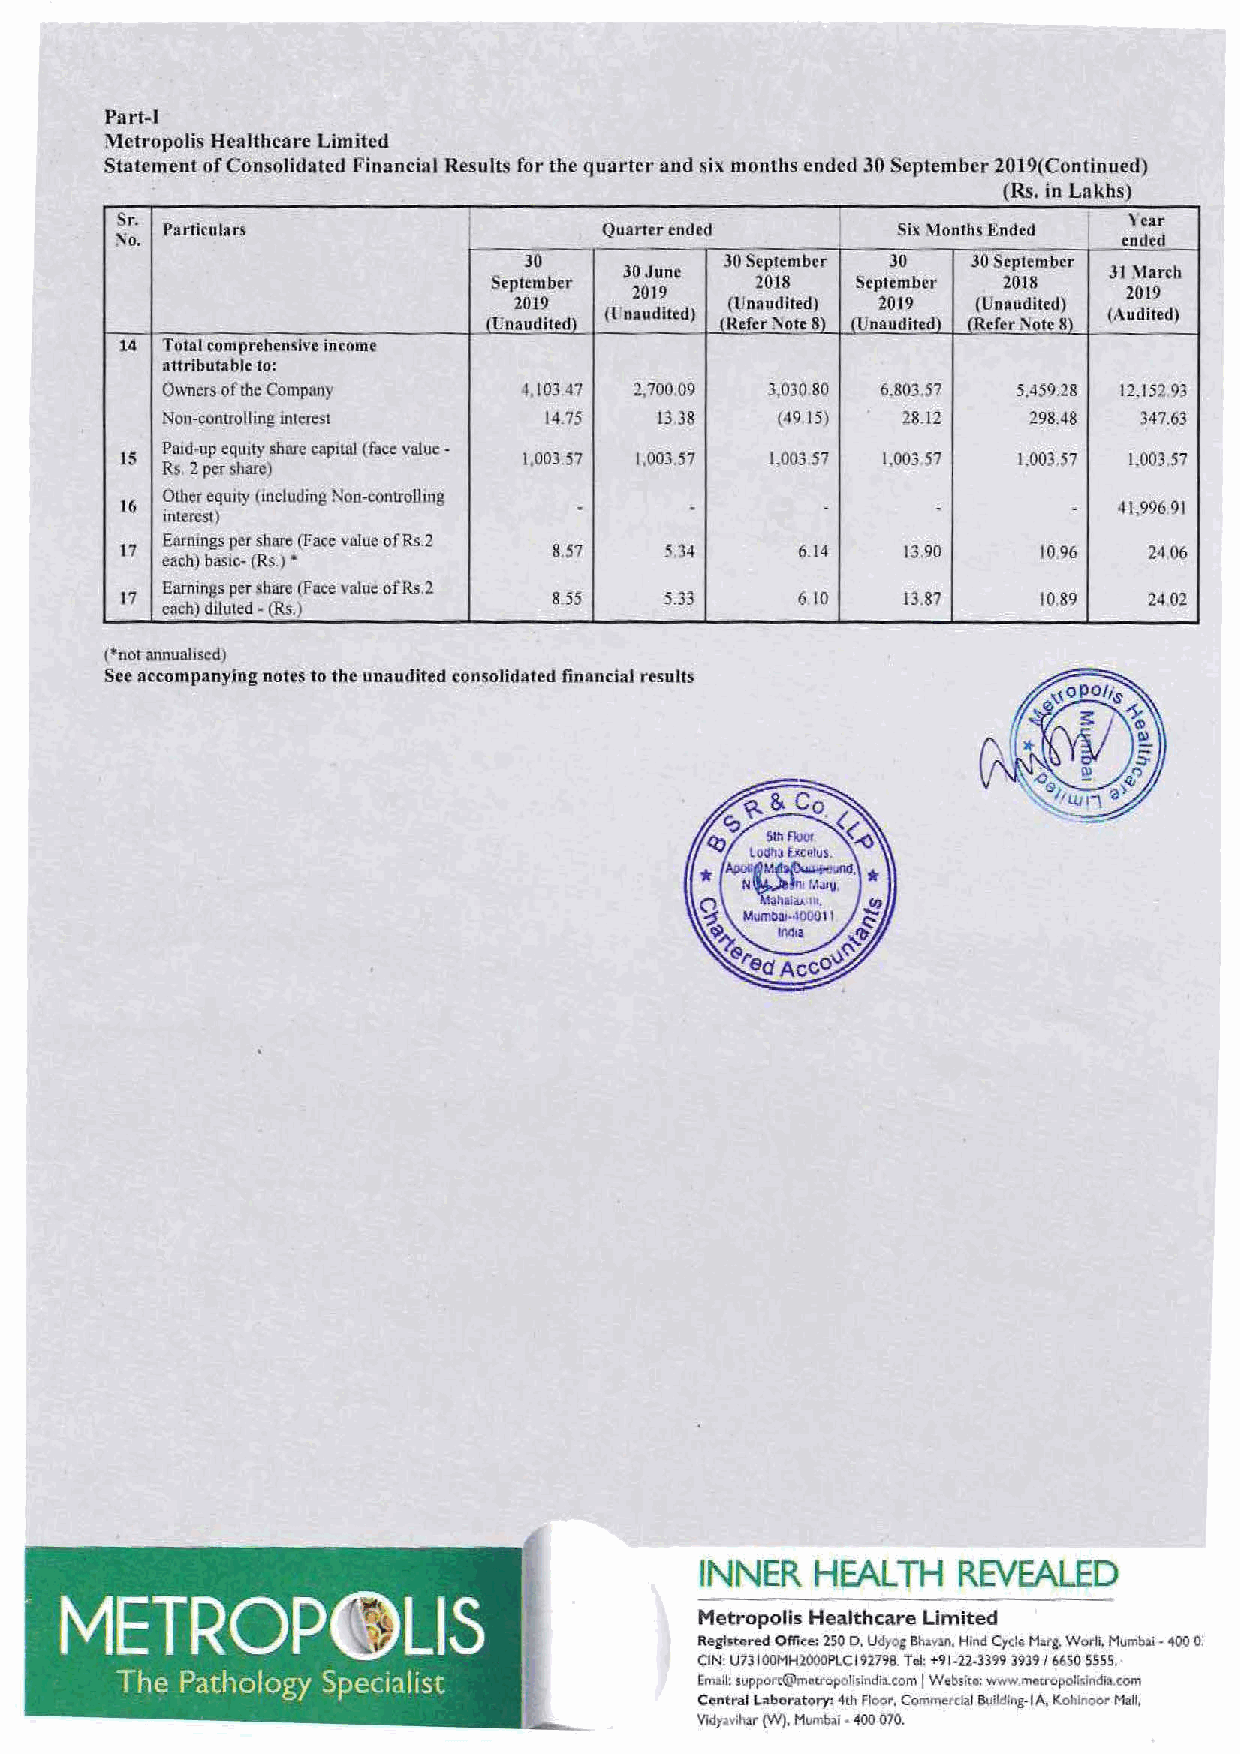
I
 Part~
 MctropoHs Hcalthcare Limited
 Statement of Consolidated Financial Results for the quarter and six months ended 30 September 20I9(Continued)
 (Rs. in Lakhs)
 -
 Sr.                                                                ' l!l!.r
 Pa rticu Ia rs               Quaner ended       Six Months .Ended
 ~0.                    I                                          ended
 JO           JO September JO 30 September
 30 June                         31 ,\larch
 eptcmber         2018   Septcntbct· 2018
 2019                            2019
 2019          (Unaudited} 2019 (Unaudited)
 (-rnaudittd)                     (Audited)
 (Unaudited)     (Refer Note 8) (Unaudited) (Refer Note 8)
 14 Tutal comprehensive income
 attributable to:
 Owners of the Company   I 103 47 2. 700 09 3,030 80 6.803.57 5,-1.59.28 12,152 93
 N"on-cunrrolling mtc:rest 14.75 1338    (49 I 5) 18.12   298.48 347.63
 Patd-up equ1ty &hn.re cap1tal (fuc;_e value:-
 15                         1,003.57 1,003,57 1.003 57 1,003 57 1.003 .. 57 1,003.57
 Rs 2 per share)
 L6 Other equ1ty (mcludinS Non-c:ontroUmg . -  -       -        -  41,996 91
 interest)
 Eatnmgs per share (Face vuluc ofRs.2
 17                           8.57   5.34     6.14   13.90    10 96  24 06
 each) basic-(Rs.) •
 17 Earnings per ~hare (Face value of Rs.2 855 5.33 6 10 13.87 10.89 24 02
 each) diluled • (Rs.)
 (*notannualJsed)
 Sec accompanying notes to the unaudited consolidated financial results
 INNER   HEALTH   REVEALED
 . METROPi)LIS
 Metropolis Healthcare Limited
 Reglstqred Ofliee; 250 D, Udyog BhaV!ll, Hind Cycl~ M•rg. Worli, Mumb:ol. 400 o:
 CIN! Un!OOMH2000PLCI9~798. fcl: +91-:U-3399 39391 6650 5555.
 The Pathology Specialist              ~m.tll! support@mctropollslndi:~..com I Wcbsi1o: www.mctropoH~Indl~ com
 Contra! Laboratory: 4th Floor. Commerdal Bvildlng. IA . Kohlnoor Mall,
 Vldy;wihar (W). Mumb~i • 400 070.